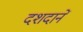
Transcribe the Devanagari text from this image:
दशदानें